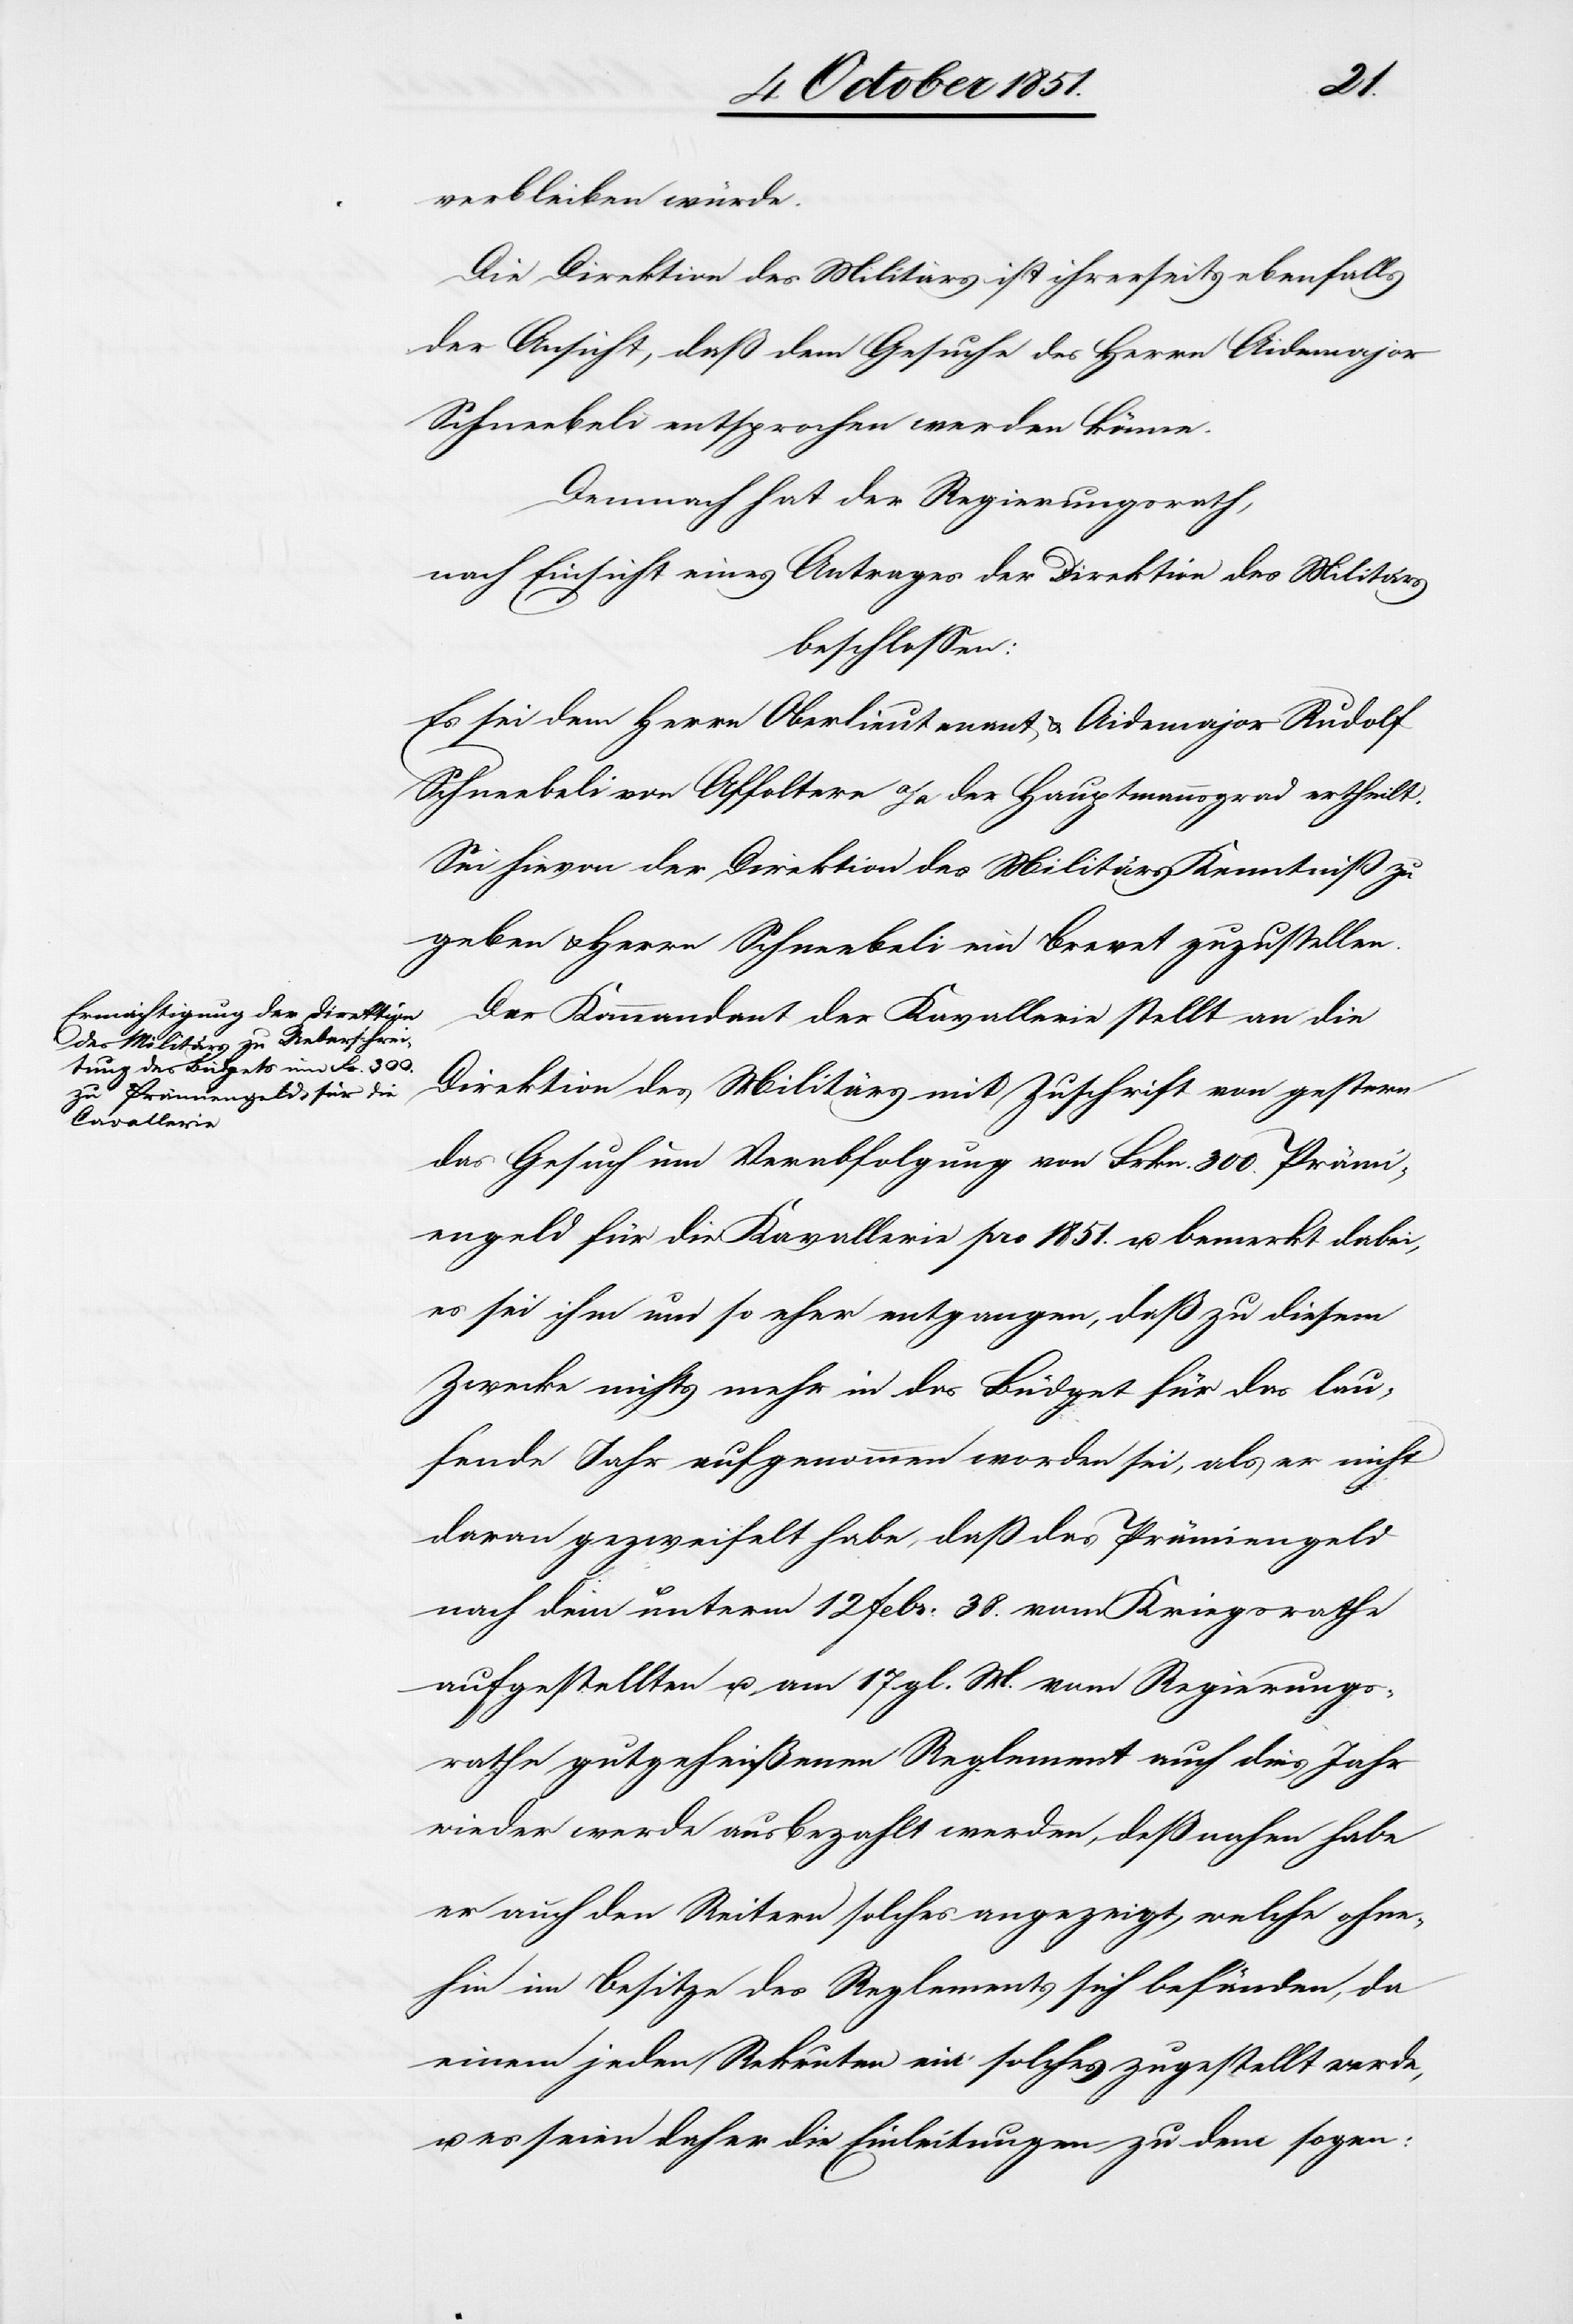
verbleiben würde.
Die Direktion des Militärs ist ihrerseits ebenfalls
der Ansicht, daß dem Gesuche des Herrn Aidemajor
Schneebeli entsprochen werden könne.
Demnach hat der Regierungsrath,
nach Einsicht eines Antrages der Direktion des Militärs
beschlossen:
Es sei dem Herrn Oberlieutenant & Aidemajor Rudolf
Schneebeli von Affoltern a/A der Hauptmannsgrad ertheilt.
Sei hievon der Direktion des Militärs Kenntniß zu
geben & Herrn Schneebeli ein Brevet zuzustellen.
Der Kommandant der Kavallerie stellt an die
Direktion des Militärs mit Zuschrift von gestern
das Gesuch um Verabfolgung von Frkn. 300. Prämi¬
engeld für die Kavallerie pro 1851. u. bemerkt dabei,
es sei ihm um so eher entgangen, daß zu diesem
Zwecke nichts mehr in das Büdget für das lau¬
fende Jahr aufgenommen worden sei, als er nicht
daran gezweifelt habe, daß das Prämiengeld
nach dem unterm 12 Febr: 38. vom Kriegsrathe
aufgestellten u. am 17 gl. M. vom Regierungs¬
rathe gutgeheißenen Reglement auch dies Jahr
wieder werde ausbezahlt werden, deßnahen habe
er auch den Reitern solches angezeigt, welche ohne¬
hin im Besitze des Reglements sich befänden, da
einem jeden Rekruten ein solches zugestellt werde,
u. es seien daher die Einleitungen zu dem sogen: